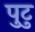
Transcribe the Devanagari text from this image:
पुटु